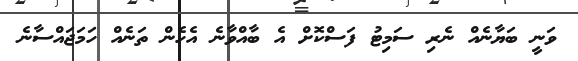
ވަނީ ބަޔާނެއް ނެރި ސަމިޓު ފަސްކޮށް އެ ބާއްވާނެ އެހެން ތަނެއް ހަމަޖައްސާނެ